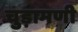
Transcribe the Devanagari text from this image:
चुड़ामणी